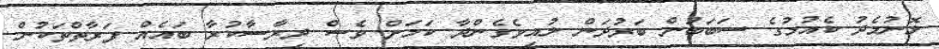
ލޮނުމެދު ކެއުމުގެ ސަބަބުން ބަރުދަން ލުއިވެގެންދާ ކަމަށް ވެސް ދިރާސާކުރާ ބައެއް ފަރާތްތަކުން